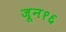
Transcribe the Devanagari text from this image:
जून१६